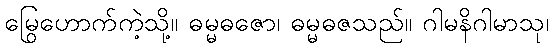
မြွေဟောက်ကဲ့သို့။ ဓမ္မဓဇော၊ ဓမ္မဓဇသည်။ ဂါမနိဂါမာသု၊